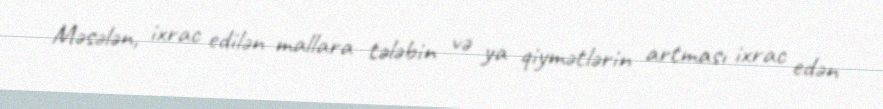
Məsələn, ixrac edilən mallara tələbin və ya qiymətlərin artması ixrac edən